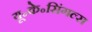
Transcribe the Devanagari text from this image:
यू॰के॰सिंगल्स